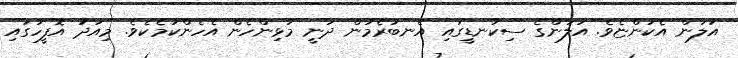
އަލަން އެކަންޏެވެ. އަލަންގެ ސިކުނޑީގައި އެނބުރެމުން ދަނީ މުޅިންހެން އެހެންކަމެކެވެ. މިއަދު އޮފީހުގައި